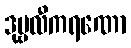
ဒုဗ္ဗလီကရဏော